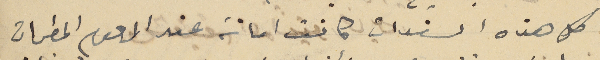
كل هذه السندات كانت امانة عند المرحوم المطران